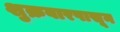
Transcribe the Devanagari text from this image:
शुक्रवारपासून